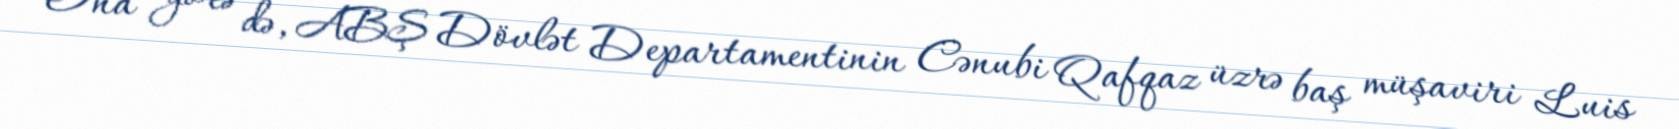
Ona görə də, ABŞ Dövlət Departamentinin Cənubi Qafqaz üzrə baş müşaviri Luis